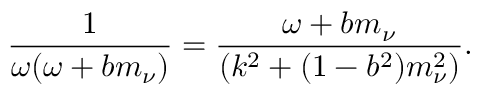
\frac { 1 } { \omega ( \omega + b m _ { \nu } ) } = \frac { \omega + b m _ { \nu } } { ( k ^ { 2 } + ( 1 - b ^ { 2 } ) m _ { \nu } ^ { 2 } ) } .